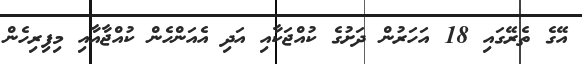
އޭގެ ތެރޭގައި 18 އަހަރުން ދަށުގެ ކުއްޖަކާއި އަދި އެއަންހެން ކުއްޖާއާއި މިފިރިހެން